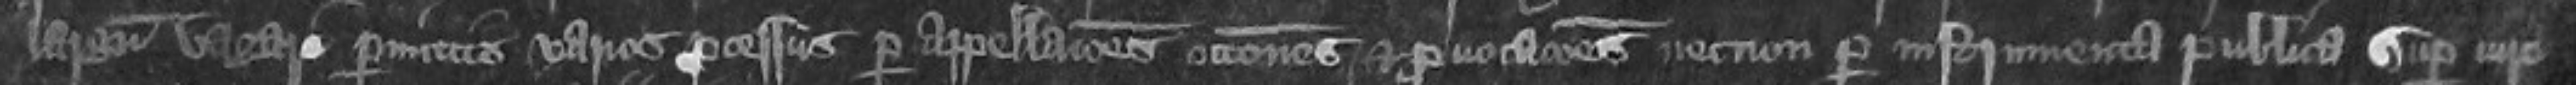
largum vagare permittis varios processus per appellaciones occasiones et provocations nec non per instrumenta publica super iure